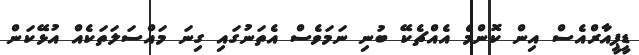
ޑީޕީއާރްއެސް އިން ކޮންމެ އެއްޗެކޭ ބުނި ނަމަވެސް އެތަނުގައި ގިނަ މައްސަލަތަކެއް އުޅޭކަން